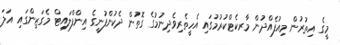
މީގެ އިތުރުން މިއުފެއްދުން މާރކެޓްކުރުމުގައި އެހީތެރިވެދިނުމުގެ ގޮތުން ދެކުންފުނީގެ އިންފްލައިޓް މެގަޒިންގައި އަލަ